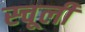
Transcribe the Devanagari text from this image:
स्चूली